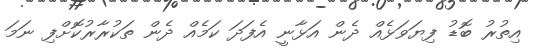
އިތުރު ބޮޑު ފިޔަވަޅެއް ދެން އަޅާނީ އެފަދަ ކަމެއް ދެން ތަކުރާރުކޮށްފި ނަމަ